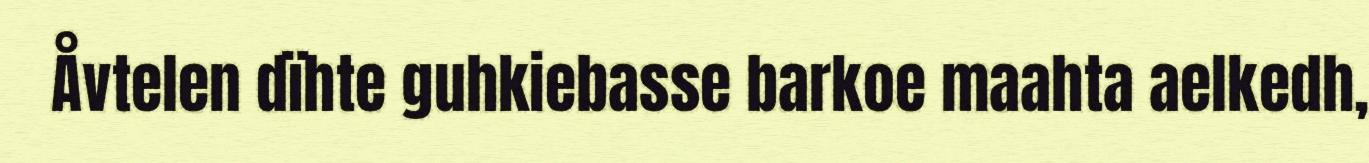
Åvtelen dïhte guhkiebasse barkoe maahta aelkedh,